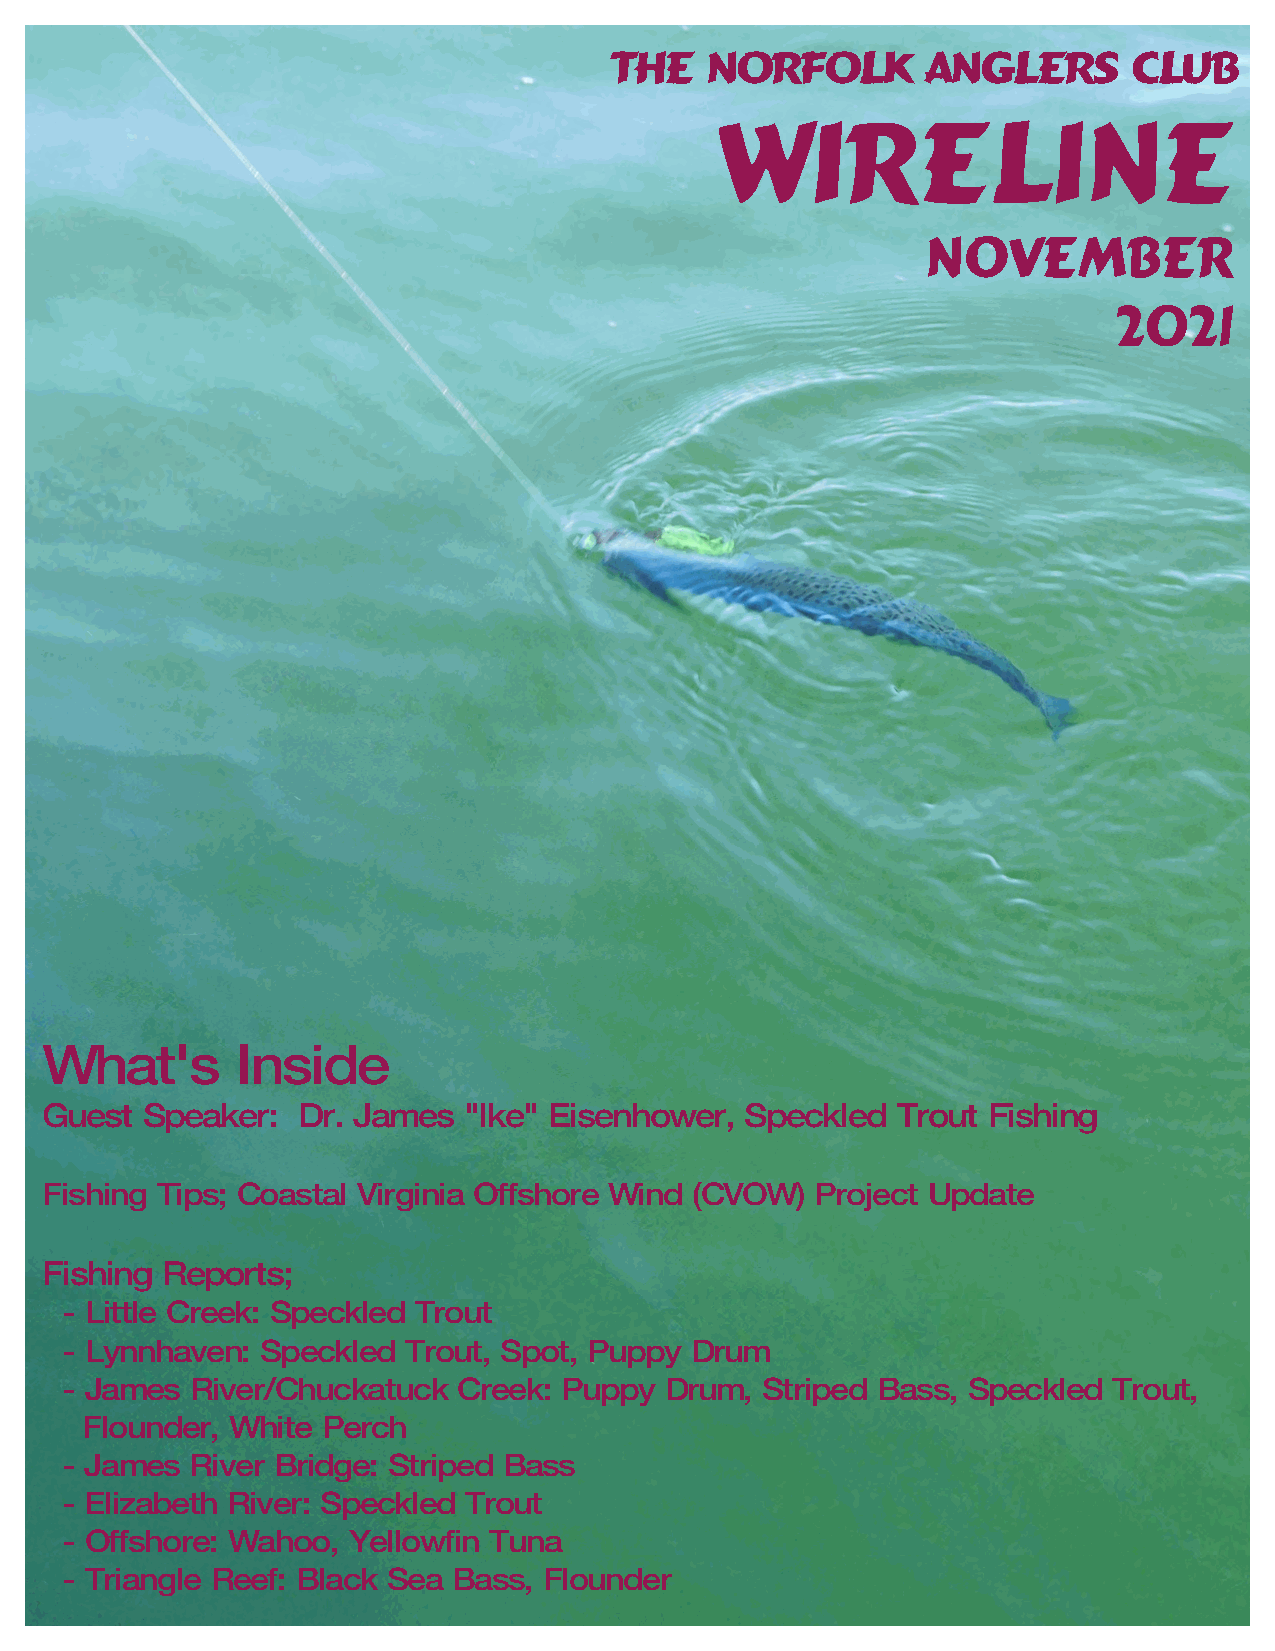
The    Norfolk       Anglers       Club
 WIRELINE
 November
 2021
 What's       Inside
 Guest Speaker:   Dr. James  "Ike" Eisenhower, Speckled  Trout Fishing
 Fishing Tips; Coastal Virginia Offshore Wind (CVOW) Project Update
 Fishing Reports;
 - Little Creek: Speckled Trout
 - Lynnhaven: Speckled  Trout, Spot, Puppy Drum
 - James  River/Chuckatuck Creek: Puppy  Drum, Striped Bass, Speckled  Trout,
 Flounder, White Perch
 - James  River Bridge: Striped Bass
 - Elizabeth River: Speckled Trout
 - Offshore: Wahoo, Yellowfin Tuna
 - Triangle Reef: Black Sea Bass, Flounder